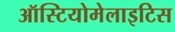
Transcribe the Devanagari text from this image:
ऑस्टियोमेलाइटिस